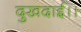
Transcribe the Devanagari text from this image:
दुखदाई।।